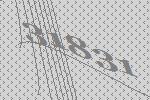
31831